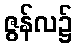
ဇွန်လ၌